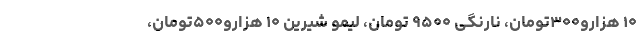
۱۰ هزارو۳۰۰تومان، نارنگی ۹۵۰۰ تومان، لیمو شیرین ۱۰ هزارو۵۰۰تومان،